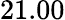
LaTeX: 21.00